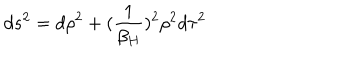
d s ^ { 2 } = d \rho ^ { 2 } + ( { \frac { 1 } { \beta _ { H } } } ) ^ { 2 } \rho ^ { 2 } d \tau ^ { 2 }